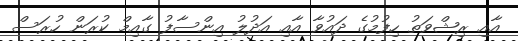
އާއި ރިޝްވަތު ހިފުމުގެ ދައުވާ އާއި އަދުލު އިންސާފު ގާއިމް ކުރަން ހުރަސް